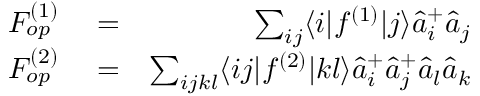
\begin{array} { r l r } { F _ { o p } ^ { ( 1 ) } } & { { } = } & { \sum _ { i j } \langle i | f ^ { ( 1 ) } | j \rangle \hat { a } _ { i } ^ { + } \hat { a } _ { j } } \\ { F _ { o p } ^ { ( 2 ) } } & { { } = } & { \sum _ { i j k l } \langle i j | f ^ { ( 2 ) } | k l \rangle \hat { a } _ { i } ^ { + } \hat { a } _ { j } ^ { + } \hat { a } _ { l } \hat { a } _ { k } } \end{array}